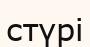
стүрі